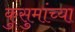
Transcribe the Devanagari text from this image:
कुसुमांच्या